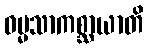
ဓမ္မသာကစ္ဆာယာတိ